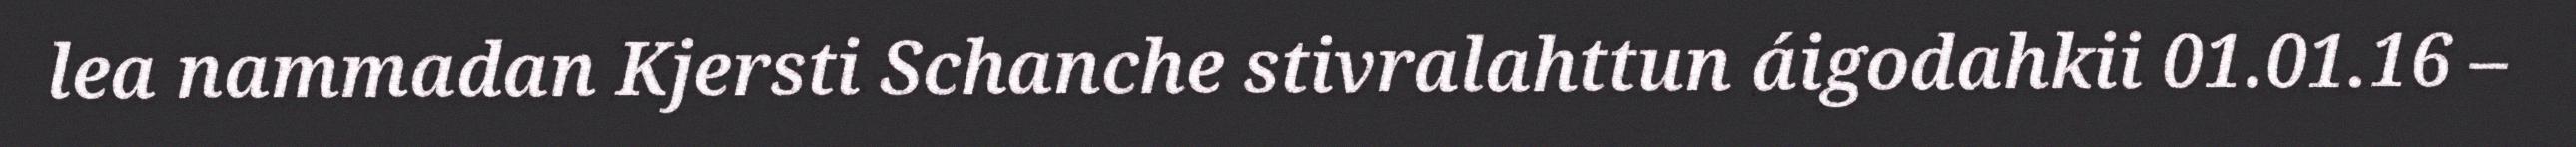
lea nammadan Kjersti Schanche stivralahttun áigodahkii 01.01.16 –